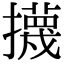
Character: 㩢